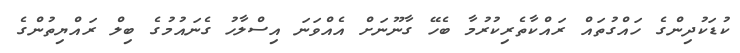
ކުޑަކުދިންގެ ހައްގުތައް ރައްކާތެރިކުރުމާ ބެހޭ ގާނޫނަށް އެއްވަނަ އިސްލާހު ގެނައުމުގެ ބިލް ރައްޔިތުންގެ